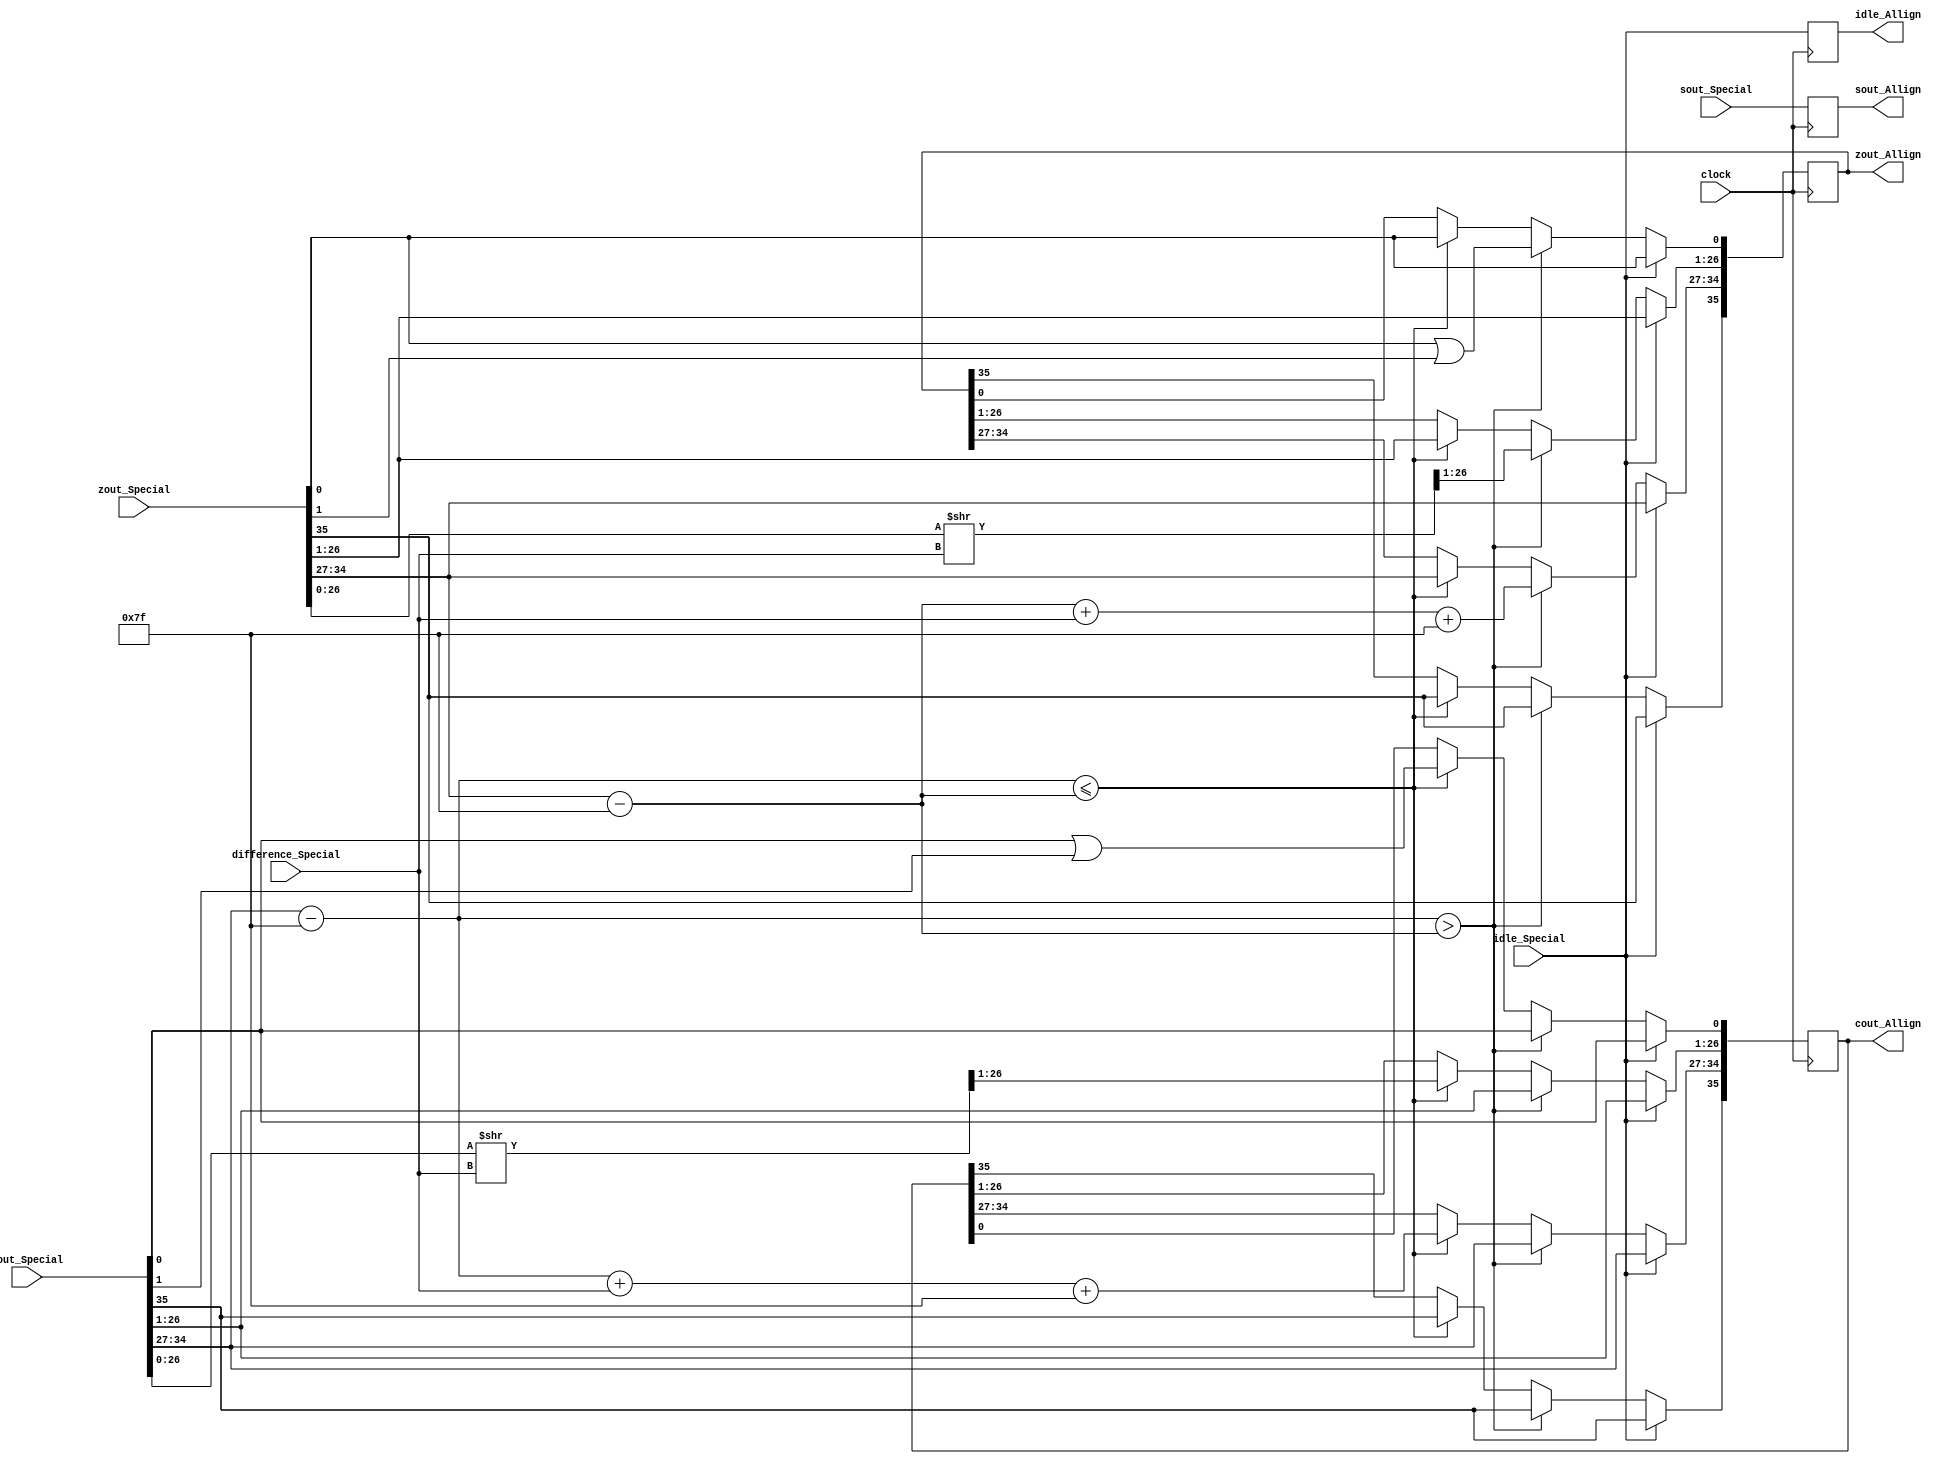
module AllignAdder(
	input idle_Special,
	input [35:0] cout_Special,
	input [35:0] zout_Special,
	input [31:0] sout_Special,
	input [7:0] difference_Special,
	input clock,
	output reg idle_Allign,
	output reg [35:0] cout_Allign,
	output reg [35:0] zout_Allign,
	output reg [31:0] sout_Allign
   );

parameter no_idle = 1'b01,
			 put_idle = 1'b1;

wire z_sign;
wire [7:0] z_exponent;
wire [26:0] z_mantissa;

wire c_sign;
wire [7:0] c_exponent;
wire [26:0] c_mantissa;

assign z_sign = zout_Special[35];
assign z_exponent = zout_Special[34:27] - 127;
assign z_mantissa = {zout_Special[26:0]};

assign c_sign = cout_Special[35];
assign c_exponent = cout_Special[34:27] - 127;
assign c_mantissa = {cout_Special[26:0]};

always @ (posedge clock)
begin
	
	idle_Allign <= idle_Special;
	sout_Allign <= sout_Special;
	
	if (idle_Special != put_idle) begin
		if ($signed(c_exponent) > $signed(z_exponent)) begin
			zout_Allign[35] <= zout_Special[35];
			zout_Allign[34:27] <= z_exponent + difference_Special + 127;
			zout_Allign[26:0] <= z_mantissa >> difference_Special;
			zout_Allign[0] <= z_mantissa[0] | z_mantissa[1];
			cout_Allign <= cout_Special;
		end else if ($signed(c_exponent) <= $signed(z_exponent)) begin
			cout_Allign[35] <= cout_Special[35];
			cout_Allign[34:27] <= c_exponent + difference_Special + 127;
			cout_Allign[26:0] <= c_mantissa >> difference_Special;
			cout_Allign[0] <= c_mantissa[0] | c_mantissa[1];
			zout_Allign <= zout_Special;
		 end		
	end
	
	else begin
		zout_Allign <= zout_Special;
		cout_Allign <= cout_Special;
	end
end

endmodule